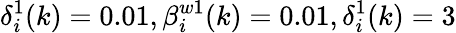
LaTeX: \delta_{i}^{1}(k)=0.01,\beta_{i}^{w1}(k)=0.01,\delta_{i}^{1}(k)=3